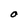
Character: O